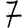
Digit: 7